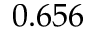
0 . 6 5 6